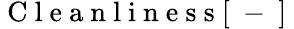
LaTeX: \mathrm{~C~l~e~a~n~l~i~n~e~s~s~[~-~]~}